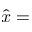
\hat { x } =